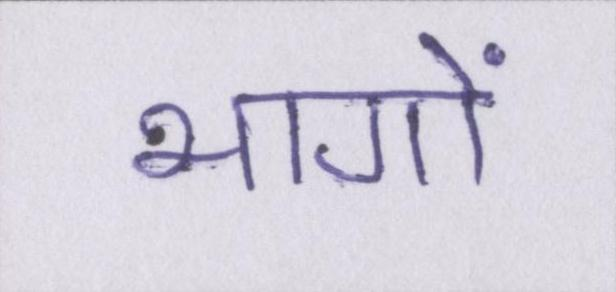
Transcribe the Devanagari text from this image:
भागों